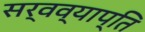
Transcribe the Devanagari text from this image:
सर्वव्याप्ति